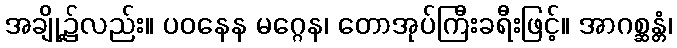
အချို့၌လည်း။ ပဝနေန မဂ္ဂေန၊ တောအုပ်ကြီးခရီးဖြင့်။ အာဂစ္ဆန္တံ၊